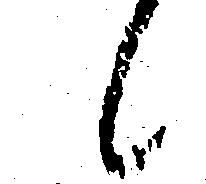
候